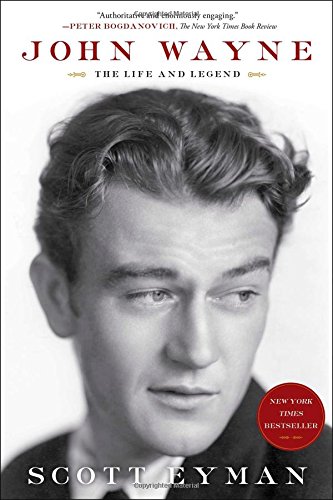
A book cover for John Wayne: The Life and Legend; Scott Eyman; Humor & Entertainment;